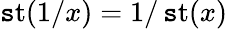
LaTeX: \operatorname{\mathtt{s}t}(1/x)=1/\operatorname{\mathtt{s}t}(x)